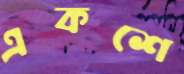
একশে